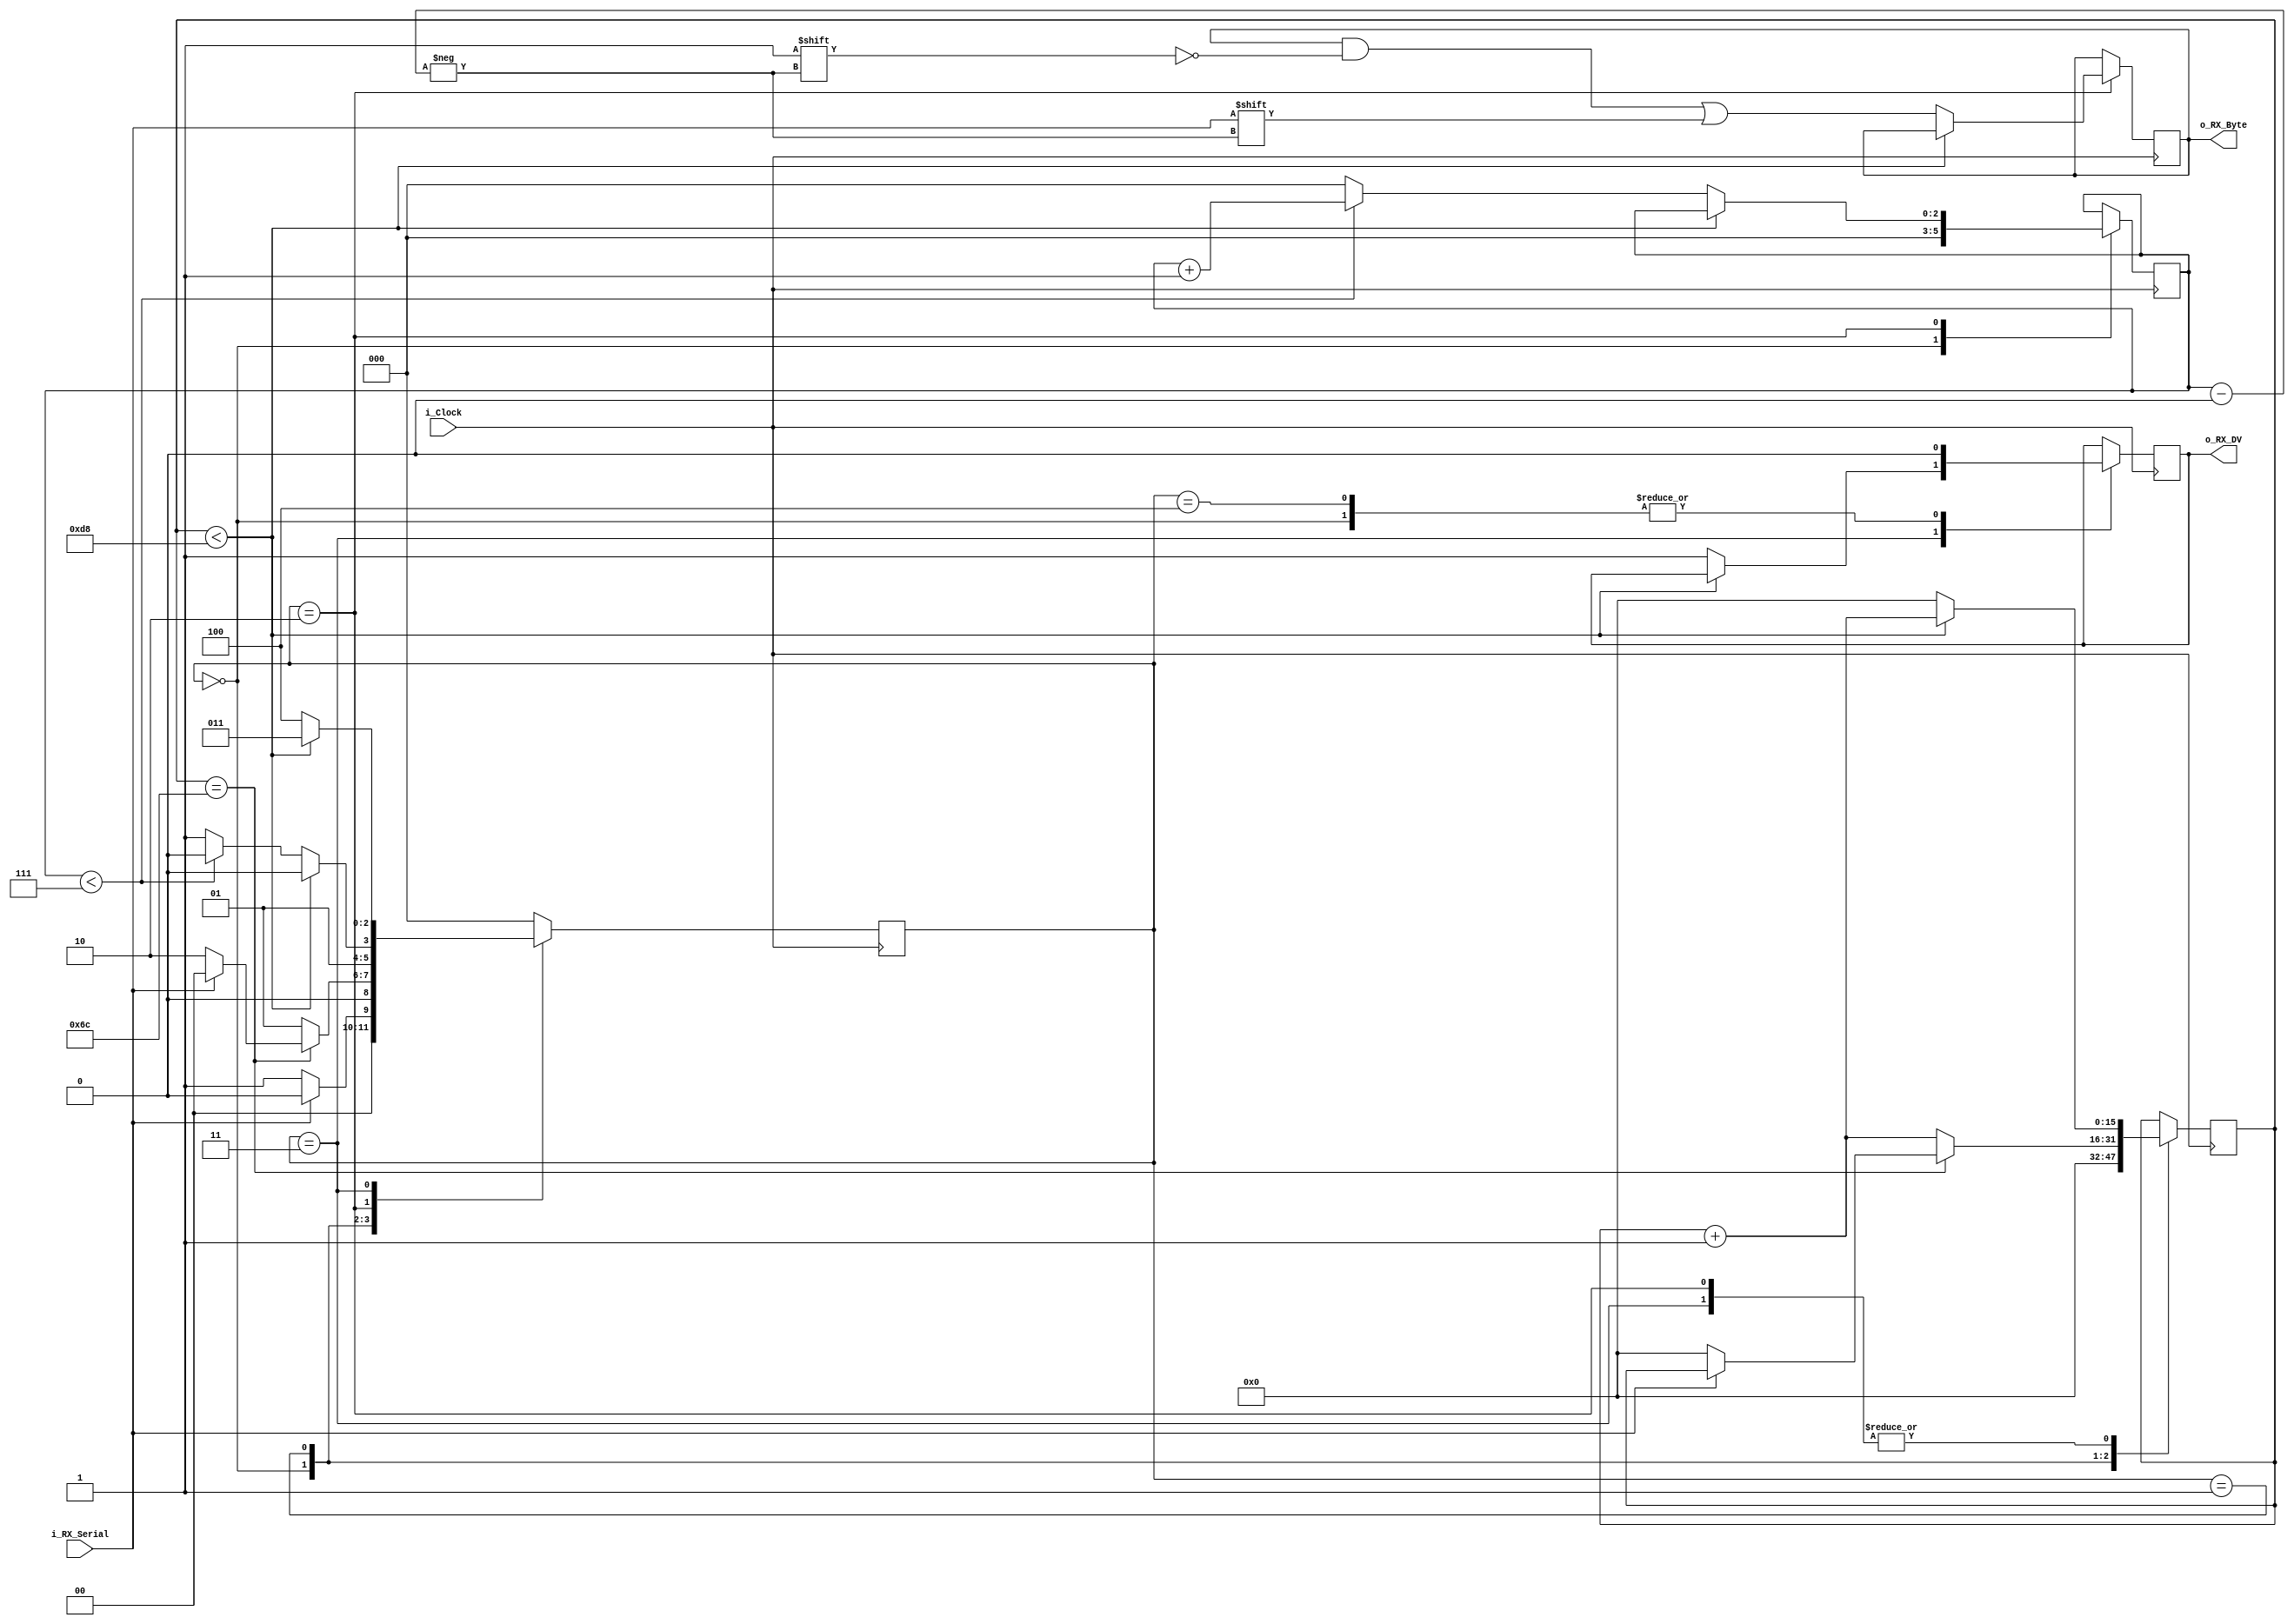
/////////////////////////////////////////////////////////////////////
// File Downloaded from http://www.nandland.com
/////////////////////////////////////////////////////////////////////
// This file contains the UART Receiver.  This receiver is able to
// receive 8 bits of serial data, one start bit, one stop bit,
// and no parity bit.  When receive is complete o_rx_dv will be
// driven high for one clock cycle.
// 
// Set Parameter CLKS_PER_BIT as follows:
// CLKS_PER_BIT = (Frequency of i_Clock)/(Frequency of UART)
// Example: 25 MHz Clock, 115200 baud UART
// (25000000)/(115200) = 217
 
module UART_RX
  #(parameter CLKS_PER_BIT = 217)
  (
   input        i_Clock,
   input        i_RX_Serial,
   output       o_RX_DV,
   output [7:0] o_RX_Byte
   );
   
  parameter IDLE         = 3'b000;
  parameter RX_START_BIT = 3'b001;
  parameter RX_DATA_BITS = 3'b010;
  parameter RX_STOP_BIT  = 3'b011;
  parameter CLEANUP      = 3'b100;
  
  reg [15:0]    r_Clock_Count = 0;
  reg [2:0]     r_Bit_Index   = 0; //8 bits total
  reg [7:0]     r_RX_Byte     = 0;
  reg           r_RX_DV       = 0;
  reg [2:0]     r_SM_Main     = 0;
  
  
  // Purpose: Control RX state machine
  always @(posedge i_Clock)
  begin
      
    case (r_SM_Main)
      IDLE :
        begin
          r_RX_DV       <= 1'b0;
          r_Clock_Count <= 0;
          r_Bit_Index   <= 0;
          
          if (i_RX_Serial == 1'b0)          // Start bit detected
            r_SM_Main <= RX_START_BIT;
          else
            r_SM_Main <= IDLE;
        end
      
      // Check middle of start bit to make sure it's still low
      RX_START_BIT :
        begin
          if (r_Clock_Count == (CLKS_PER_BIT-1)/2)
          begin
            if (i_RX_Serial == 1'b0)
            begin
              r_Clock_Count <= 0;  // reset counter, found the middle
              r_SM_Main     <= RX_DATA_BITS;
            end
            else
              r_SM_Main <= IDLE;
          end
          else
          begin
            r_Clock_Count <= r_Clock_Count + 1;
            r_SM_Main     <= RX_START_BIT;
          end
        end // case: RX_START_BIT
      
      
      // Wait CLKS_PER_BIT-1 clock cycles to sample serial data
      RX_DATA_BITS :
        begin
          if (r_Clock_Count < CLKS_PER_BIT-1)
          begin
            r_Clock_Count <= r_Clock_Count + 1;
            r_SM_Main     <= RX_DATA_BITS;
          end
          else
          begin
            r_Clock_Count          <= 0;
            r_RX_Byte[r_Bit_Index] <= i_RX_Serial;
            
            // Check if we have received all bits
            if (r_Bit_Index < 7)
            begin
              r_Bit_Index <= r_Bit_Index + 1;
              r_SM_Main   <= RX_DATA_BITS;
            end
            else
            begin
              r_Bit_Index <= 0;
              r_SM_Main   <= RX_STOP_BIT;
            end
          end
        end // case: RX_DATA_BITS
      
      
      // Receive Stop bit.  Stop bit = 1
      RX_STOP_BIT :
        begin
          // Wait CLKS_PER_BIT-1 clock cycles for Stop bit to finish
          if (r_Clock_Count < CLKS_PER_BIT-1)
          begin
            r_Clock_Count <= r_Clock_Count + 1;
     	    r_SM_Main     <= RX_STOP_BIT;
          end
          else
          begin
       	   r_RX_DV       <= 1'b1;
            r_Clock_Count <= 0;
            r_SM_Main     <= CLEANUP;
          end
        end // case: RX_STOP_BIT
      
      
      // Stay here 1 clock
      CLEANUP :
        begin
          r_SM_Main <= IDLE;
          r_RX_DV   <= 1'b0;
        end
      
      
      default :
        r_SM_Main <= IDLE;
      
    endcase
  end    
  
  assign o_RX_DV   = r_RX_DV;
  assign o_RX_Byte = r_RX_Byte;
  
endmodule // UART_RX